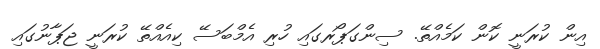
އިން ކުރަނީ ކޮން ކަމެއްތޭ. ސިންގަޕޯރގައި ހުރި އެމްބަސޭ ކިއެއްތޭ ކުރަނީ ޖަޕާނުގައި